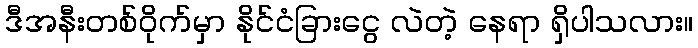
ဒီအနီးတစ်ဝိုက်မှာ နိုင်ငံခြားငွေ လဲတဲ့ နေရာ ရှိပါသလား။